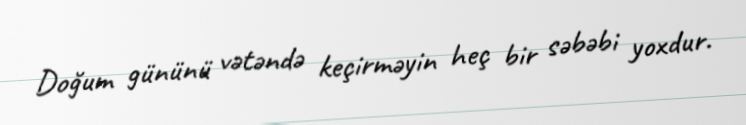
Doğum gününü vətəndə keçirməyin heç bir səbəbi yoxdur.